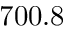
7 0 0 . 8